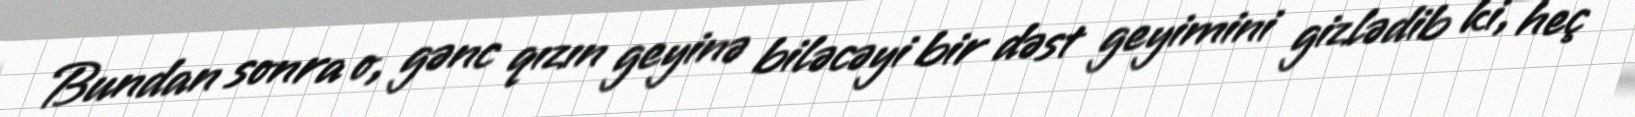
Bundan sonra o, gənc qızın geyinə biləcəyi bir dəst geyimini gizlədib ki, heç